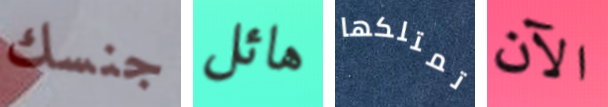
جنسك هائل تمتلكها الآن